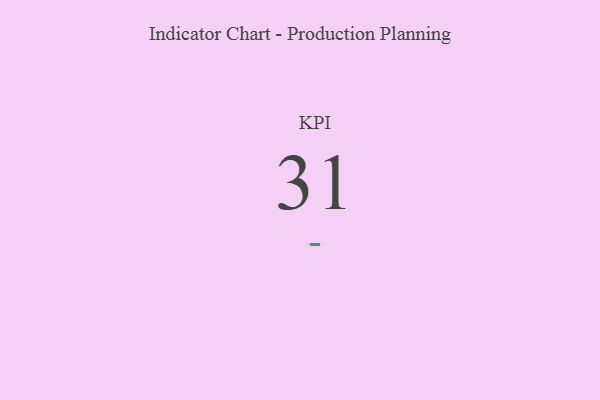
{"axis": {"x": "KPI", "y": "Value"}, "legend": [""], "data": [{"x": "KPI", "y": 31, "type": ""}]}